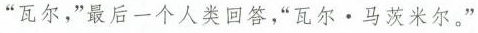
“瓦尔，”最后一个人类回答，“瓦尔·马茨米尔。”